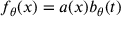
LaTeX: f _ { \theta } ( x ) = a ( x ) b _ { \theta } ( t )